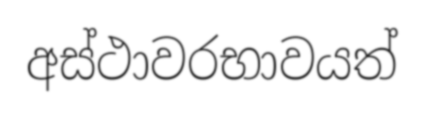
අස්ථාවරභාවයත්